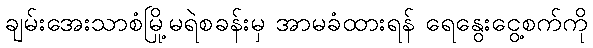
ချမ်းအေးသာစံမြို့မရဲစခန်းမှ အာမခံထားရန် ရေနွေးငွေ့စက်ကို